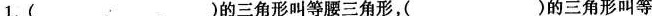
1.()的三角形叫等腰三角形，()的三角形叫等